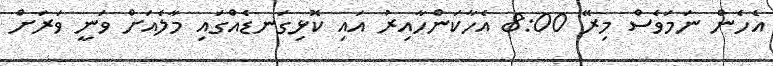
އެހެން ނަމަވެސް މިރޭ 8:00 އެހާކަންހާއިރު އައި ކޮޅިގަނޑެއްގައި މާލެއަށް ވަނީ ވަރަށް